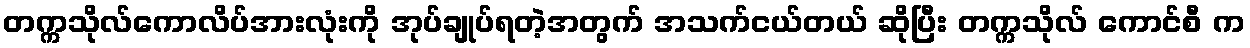
တက္ကသိုလ်ကောလိပ်အားလုံးကို အုပ်ချုပ်ရတဲ့အတွက် အသက်ငယ်တယ် ဆိုပြီး တက္ကသိုလ် ကောင်စီ က